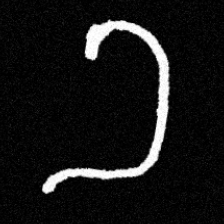
Pyu character \u2014 Myanmar letter: ခ (romanized: kha)